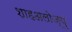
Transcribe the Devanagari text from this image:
शाहअलोज्यु